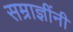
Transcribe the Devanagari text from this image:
सम्राज्ञींनी